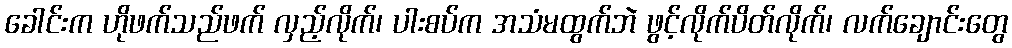
ခေါင်းက ဟိုဖက်သည်ဖက် လှည့်လိုက်၊ ပါးစပ်က အသံမထွက်ဘဲ ဖွင့်လိုက်ပိတ်လိုက်၊ လက်ချောင်းတွေ